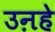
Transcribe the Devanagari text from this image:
उऩहे